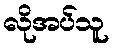
လိုအပ်သူ